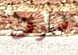
سوف